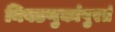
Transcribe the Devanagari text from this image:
निवडणुकांपुरतं